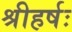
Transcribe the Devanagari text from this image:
श्रीहर्षः